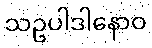
သဥပါဒါနောဝ